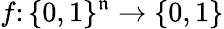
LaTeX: f\colon\{ 0,1\} ^{\mathfrak{n}}\rightarrow\{ 0,1\}